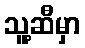
သူ့ဆီမှာ